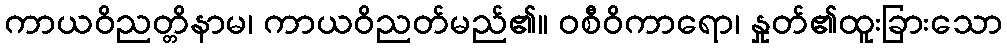
ကာယဝိညတ္တိနာမ၊ ကာယဝိညတ်မည်၏။ ဝစီဝိကာရော၊ နှုတ်၏ထူးခြားသော